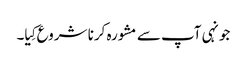
جونہی آپ سے مشورہ کرنا شروع کِیا۔